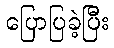
ပြောပြခဲ့ပြီး